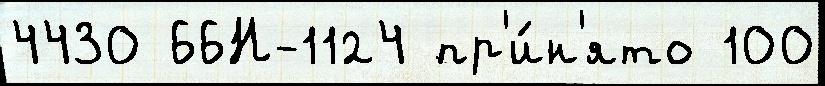
4430 66Н-1124 пр'и́н'ято 100